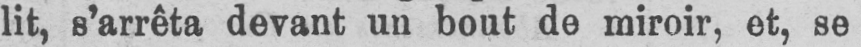
lit, s’arrêta devant un bout de miroir, et, se